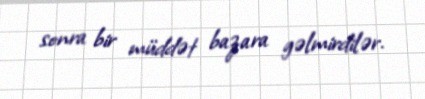
sonra bir müddət bazara gəlmirdilər.